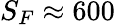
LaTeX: S_{F}\approx 600